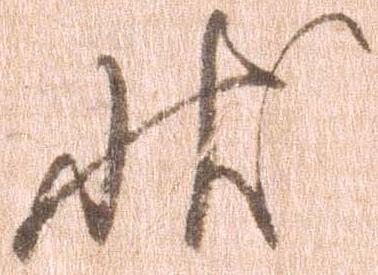
状